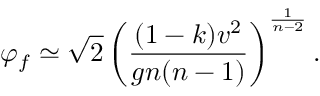
\varphi _ { f } \simeq \sqrt { 2 } \left( \frac { ( 1 - k ) v ^ { 2 } } { g n ( n - 1 ) } \right) ^ { \frac { 1 } { n - 2 } } .